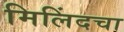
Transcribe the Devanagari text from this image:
मिलिंदचा